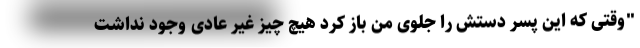
"وقتی که این پسر دستش را جلوی من باز کرد هیچ چیز غیر عادی وجود نداشت